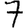
Digit: 7